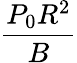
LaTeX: \frac{P_{0}R^{2}}{B}